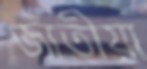
জাতীয়া